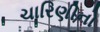
ચારિણીનો